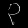
Digit: ၃